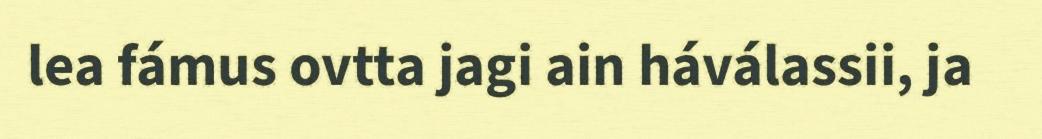
lea fámus ovtta jagi ain háválassii, ja